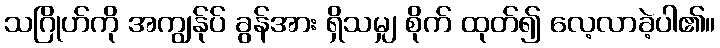
သဂြိုဟ်ကို အကျွန်ုပ် ခွန်အား ရှိသမျှ စိုက် ထုတ်၍ လေ့လာခဲ့ပါ၏။